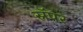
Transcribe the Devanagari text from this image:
स्नॅपर